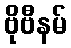
ဗိုဗီနမ်